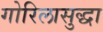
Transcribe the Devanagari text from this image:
गोरिलासुद्धा